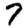
Digit: 7